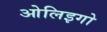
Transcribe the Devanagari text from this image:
ओलिइगो